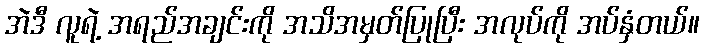
အဲဒီ လူရဲ့ အရည်အချင်းကို အသိအမှတ်ပြုပြီး အလုပ်ကို အပ်နှံတယ်။